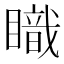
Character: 𥋏